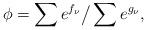
LaTeX: \begin{align*}\phi=\sum e^{f_\nu} \big/ \sum e^{g_\nu},\end{align*}